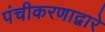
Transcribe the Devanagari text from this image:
पंचीकरणाद्वारे